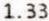
1.33